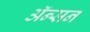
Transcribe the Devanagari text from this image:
ॲन्सन